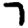
Digit: 7